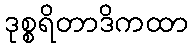
ဒုစ္စရိတာဒိကထာ